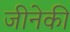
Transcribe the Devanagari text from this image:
जीनेकी